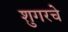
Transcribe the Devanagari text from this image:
शुगरचे